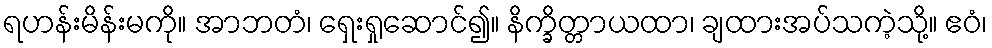
ရဟန်းမိန်းမကို။ အာဘတံ၊ ရှေးရှုဆောင်၍။ နိက္ခိတ္တာယထာ၊ ချထားအပ်သကဲ့သို့။ ဧဝံ၊